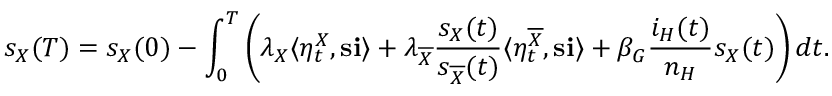
s _ { X } ( T ) = s _ { X } ( 0 ) - \int _ { 0 } ^ { T } \left( \lambda _ { X } \langle \eta _ { t } ^ { X } , \mathbf { s } \mathbf { i } \rangle + \lambda _ { \overline { { X } } } \frac { s _ { X } ( t ) } { s _ { \overline { { X } } } ( t ) } \langle \eta _ { t } ^ { \overline { { X } } } , \mathbf { s } \mathbf { i } \rangle + \beta _ { G } \frac { i _ { H } ( t ) } { n _ { H } } s _ { X } ( t ) \right) d t .